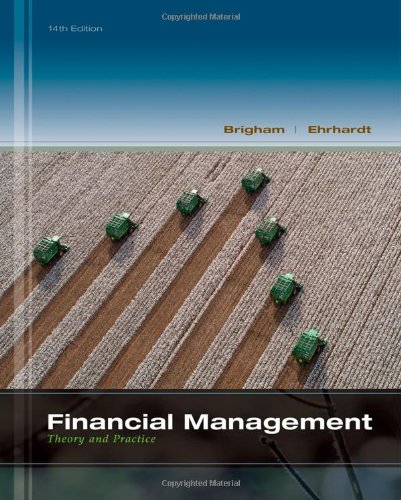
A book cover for Financial Management: Theory & Practice (with Thomson ONE - Business School Edition 1-Year Printed Access Card) (Finance Titles in the Brigham Family); Eugene F. Brigham; Business & Money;